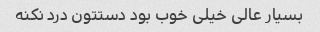
بسیار عالی خیلی خوب بود دستتون درد نکنه